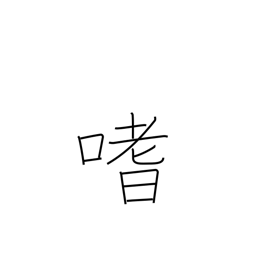
Meaning: like